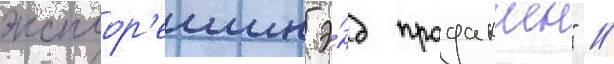
эксплор'еишн э́нд продакшн" /